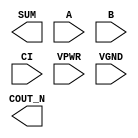
module sky130_fd_sc_hs__fahcon (
    COUT_N,
    SUM   ,
    A     ,
    B     ,
    CI    ,
    VPWR  ,
    VGND
);

    output COUT_N;
    output SUM   ;
    input  A     ;
    input  B     ;
    input  CI    ;
    input  VPWR  ;
    input  VGND  ;
endmodule